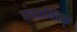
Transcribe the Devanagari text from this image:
हस्तशिल्प्